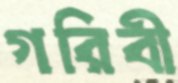
গরিবী